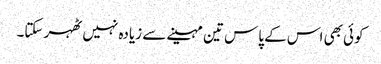
کوئی بھی اس کے پاس تین مہینے سے زیادہ نہیں ٹھہر سکتا۔